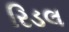
રિડલ